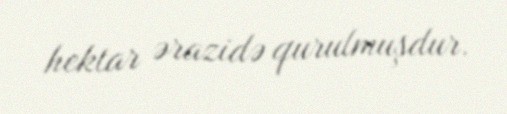
hektar ərazidə qurulmuşdur.